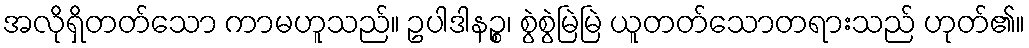
အလိုရှိတတ်သော ကာမဟူသည်။ ဥပါဒါနဉ္စ၊ စွဲစွဲမြဲမြဲ ယူတတ်သောတရားသည် ဟုတ်၏။